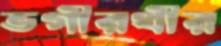
ভগীরথীর